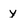
Character: y